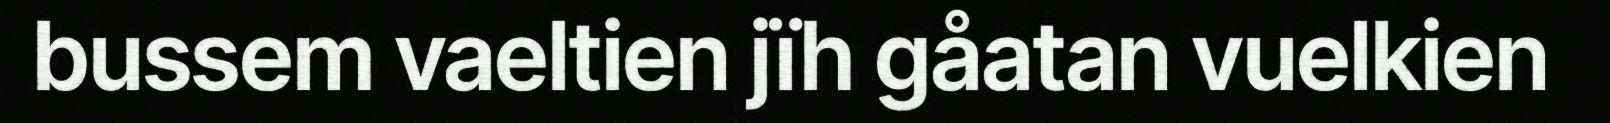
bussem vaeltien jïh gåatan vuelkien